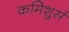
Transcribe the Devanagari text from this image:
कमिशुर्स